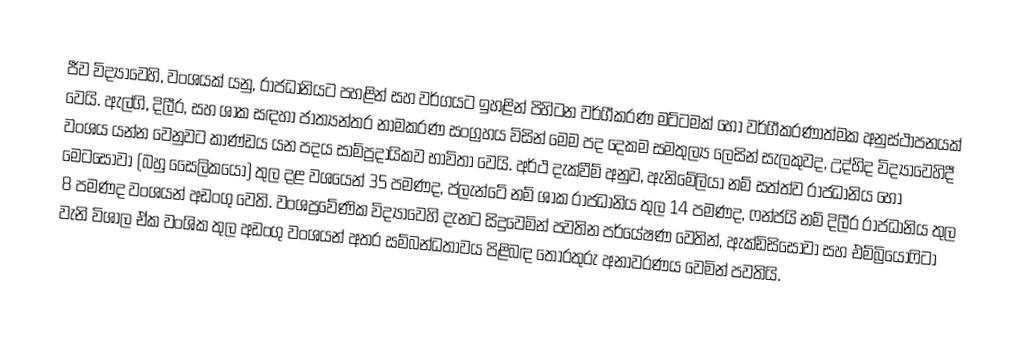
ජීව විද්‍යාවෙහි, වංශයක් යනු, රාජධානියට පහළින් සහ වර්ගයට ඉහළින් පිහිටන වර්ගීකරණ මට්ටමක් හෝ  වර්ගීකරණාත්මක අනුස්ථාපනයක් වෙයි. ඇල්ගි, දිලීර, සහ ශාක සඳහා ජාත්‍යන්තර නාමකරණ සංග්‍රහය විසින් මෙම පද දෙකම  සමතුල්‍ය ලෙසින් සැලකුවද, උද්භිද විද්‍යාවෙහිදී වංශය යන්න වෙනුවට කාණ්ඩය යන පදය සාම්ප්‍රදායිකව භාවිතා වෙයි.    අර්ථ දැක්වීම් අනුව, ඇනිමේලියා නම් සත්ත්ව රාජධානිය හෝ මෙටසෝවා (බහු සෛලිකයෝ) තුල දළ වශයෙන් 35 පමණද, ප්ලැන්ටේ නම් ශාක රාජධානිය තුල 14 පමණද, ෆන්ජයි නම්  දිලීර රාජධානිය තුල 8 පමණද වංශයන් අඩංගු වෙති.  වංශප්‍රවේණික විද්‍යාවෙහි දැනට සිදුවෙමින් පවතින පර්යේෂණ වෙතින්,  ඇක්ඩිසිසෝවා සහ එම්බ්‍රියෝෆිටා වැනි විශාල ඒක වංශික තුල අඩංගු වංශයන් අතර සම්බන්ධතාවය පිළිබඳ තොරතුරු අනාවරණය වෙමින් පවතියි.